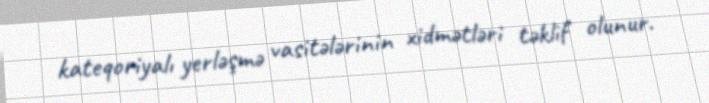
kateqoriyalı yerləşmə vasitələrinin xidmətləri təklif olunur.